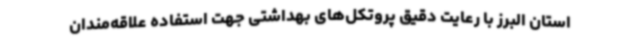
استان البرز با رعایت دقیق پروتکل‌های بهداشتی جهت استفاده علاقه‌مندان